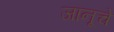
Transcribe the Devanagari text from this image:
जानूचे